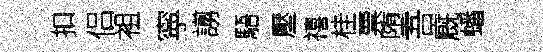
扣侣袓寜謭䮏壓禧桂票堕吾廐蟠